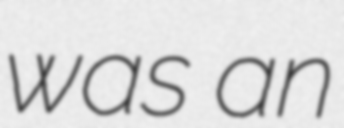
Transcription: was an